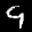
Label: 9